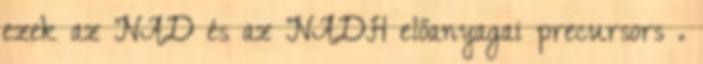
ezek az NAD és az NADH előanyagai precursors .